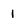
Character: 1